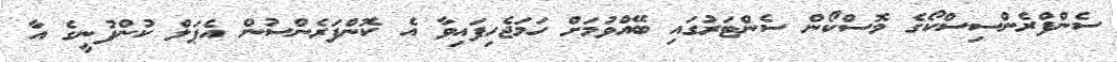
ސެންފްރެންސިސްކޯގެ މޮސްކޯން ސެންޓަރުގައި ބޭއްވުމަށް ހަމަޖެހިފައިވާ އެ ކޮންފަރެންސުން އެޕަލް ކުންފުނީގެ އާ